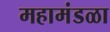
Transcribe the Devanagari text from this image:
महामंडळा